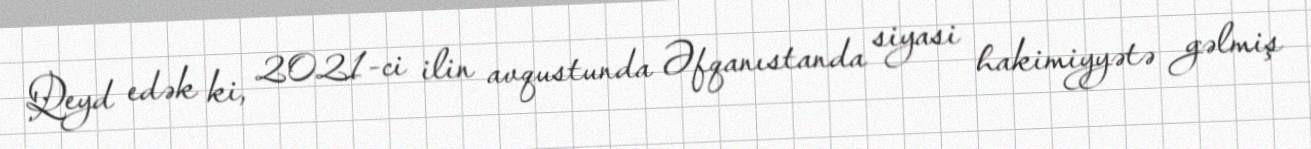
Qeyd edək ki, 2021-ci ilin avqustunda Əfqanıstanda siyasi hakimiyyətə gəlmiş